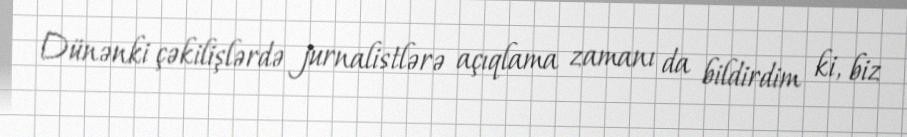
Dünənki çəkilişlərdə jurnalistlərə açıqlama zamanı da bildirdim ki, biz